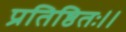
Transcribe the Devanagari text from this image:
प्रतिष्ठितः।।